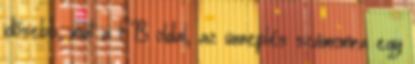
idősebb, mint a FB oldal, az ünneplés számomra egy